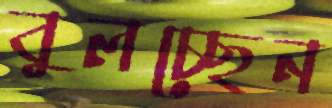
বুলচ্ছেন